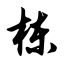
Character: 栋